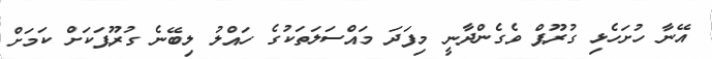
އޭނާ ހުށަހެޅި ގުރޫޕް ވެގެންދާނީ މިފަދަ މައްސަލަތަކުގެ ހައްލު ލިބޭނެ ގުރޫޕަކަށް ކަމަށް